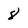
Character: 8